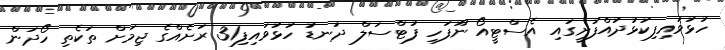
ހުޅުވައިފިކުޅުދުއްފުށީގައި އެސްޓީއޯ ނޫފަހި ފުޓްސަލް ދަނޑު ހުޅުވައިފި31 ރަށެއްގެ ޖިމަށް ތަކެތި ހޯދަން